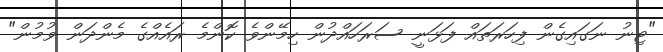
"ޓިނު ނަގައިގެން ފިހަރަތައް ފަޅަނީ ސަރަހައްދުން ހިމޭންވެ ކޮންމެ ރައެއްގެ މެންދަން ވުމުން"